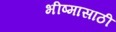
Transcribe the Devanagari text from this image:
भीष्मासाठी